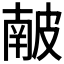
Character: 𥀇